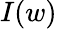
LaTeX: I(w)